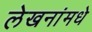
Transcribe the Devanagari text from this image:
लेखनांमधे